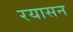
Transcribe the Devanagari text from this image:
रयासन